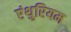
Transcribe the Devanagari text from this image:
एंथुरियम